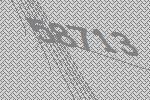
58713